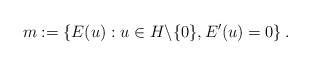
\begin{align*} m:=\left\{E(u) : u \in H\backslash\{0\}, E^\prime(u)=0\right\}.\end{align*}